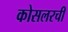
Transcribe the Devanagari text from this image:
कोसलरची